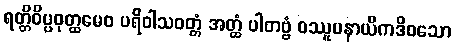
ရတ္တိဝိပ္ပဝုတ္ထမေဝ ပရိဝါသဝတ္တံ အတ္ထံ ပါတဗ္ဗံ ဝဿူပနာယိကဒိဝသော